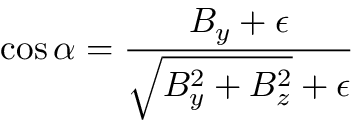
\cos \alpha = \frac { B _ { y } + \epsilon } { \sqrt { B _ { y } ^ { 2 } + B _ { z } ^ { 2 } } + \epsilon }